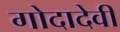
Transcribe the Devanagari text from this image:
गोदादेवी